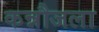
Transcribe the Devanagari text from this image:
कन्नौजला